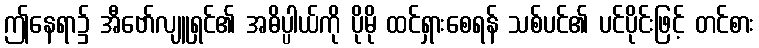
ဤနေရာ၌ အီဗော်လျူရှင်၏ အဓိပ္ပါယ်ကို ပိုမို ထင်ရှားစေရန် သစ်ပင်၏ ပင်ပိုင်းဖြင့် တင်စား